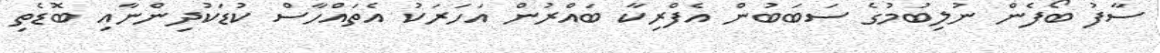
ސާފު ބޯފެން ނުލިބުމުގެ ސަބަބުން އެފްރިކާ ބައްރުން އަހަރަކު އެތައްހާސް ކުޑަކުދިންނާއި ބޮޑެތި